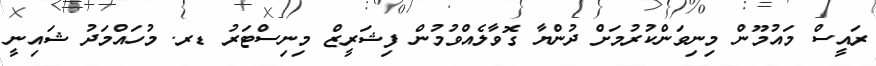
ރައީސް މައުމޫން މިނިވަންކުރުމަށް ދުންޔާ ގޮވާލެއްވުމުން ފިޝަރީޒް މިނިސްޓަރު ޑރ. މުހައްމަދު ޝައިނީ